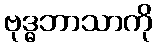
ဗုဒ္ဓဘာသာကို